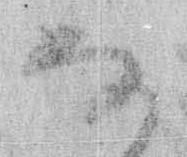
な